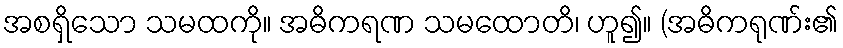
အစရှိသော သမထကို။ အဓိကရဏ သမထောတိ၊ ဟူ၍။ (အဓိကရုဏ်း၏